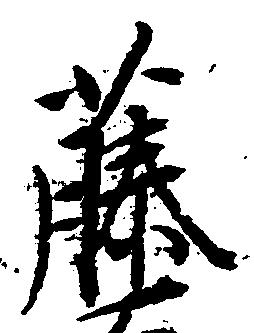
藤